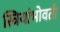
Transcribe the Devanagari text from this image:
स्त्रियांभोवती